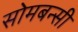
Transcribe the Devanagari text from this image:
सोमबन्सी